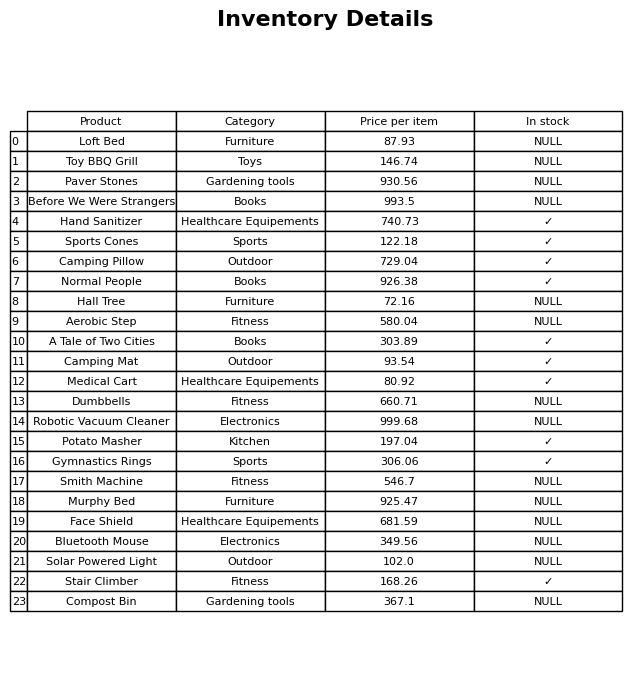
question: What is the price for Medical Cart?
answer: The price of Medical Cart is 80.92.